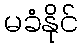
မခံနိုင်